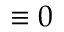
\equiv 0